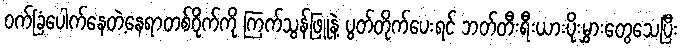
ဝက်ခြံပေါက်နေတဲ့နေရာတစ်ဝိုက်ကို ကြက်သွန်ဖြူနဲ့ ပွတ်တိုက်ပေးရင် ဘတ်တီးရီးယားပိုးမွှားတွေသေပြီး